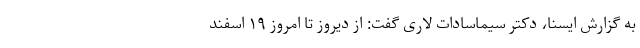
به گزارش ایسنا، دکتر سیماسادات لاری گفت: از دیروز تا امروز ۱۹ اسفند